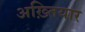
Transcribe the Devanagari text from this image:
अख़्तियार